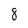
Character: 8